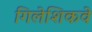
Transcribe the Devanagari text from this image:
गिलेशिकवे